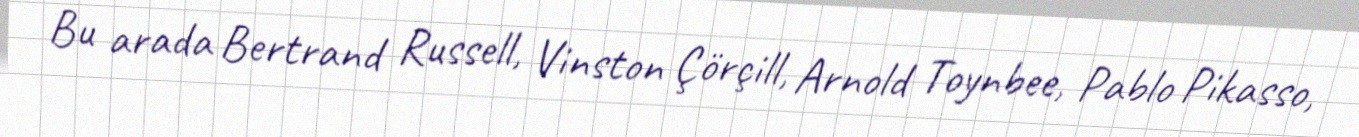
Bu arada Bertrand Russell, Vinston Çörçill, Arnold Toynbee, Pablo Pikasso,